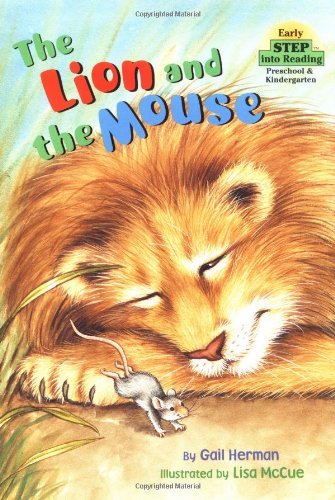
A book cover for The Lion and the Mouse (Step-Into-Reading, Step 1); Gail Herman; Children's Books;